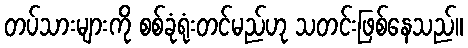
တပ်သားများကို စစ်ခုံရုံးတင်မည်ဟု သတင်းဖြစ်နေသည်။